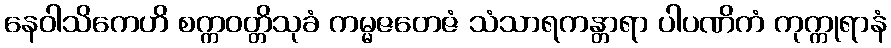
နေဝါသိကေဟိ စက္ကဝတ္တိသုခံ ကမ္မဇတေဇံ သံသာရကန္တာရာ ပါပဏိကံ ကုက္ကုရာနံ